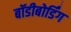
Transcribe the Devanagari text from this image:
बॉडीबोर्डिंग